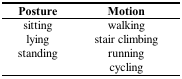
<table><thead><tr><td><b>Posture</b></td><td><b>Motion</b></td></tr></thead><tbody><tr><td>sitting</td><td>walking</td></tr><tr><td>lying</td><td>stair climbing</td></tr><tr><td>standing</td><td>running</td></tr><tr><td></td><td>cycling</td></tr></tbody></table>